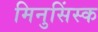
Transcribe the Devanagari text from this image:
मिनुसिंस्क